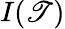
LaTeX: I(\mathscr{T})